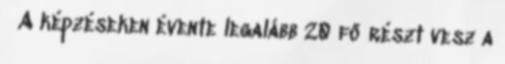
▪A képzéseken évente legalább 20 fő részt vesz a